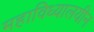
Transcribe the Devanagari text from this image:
महाविध्यालयीन